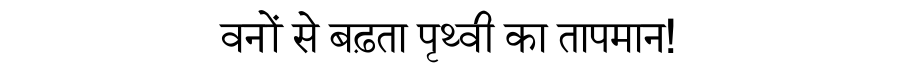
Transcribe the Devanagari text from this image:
वनों से बढ़ता पृथ्वी का तापमान!